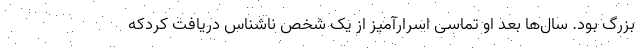
بزرگ بود. سال‌ها بعد او تماسی اسرارآمیز از یک شخص ناشناس دریافت کردکه